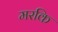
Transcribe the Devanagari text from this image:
मरकि